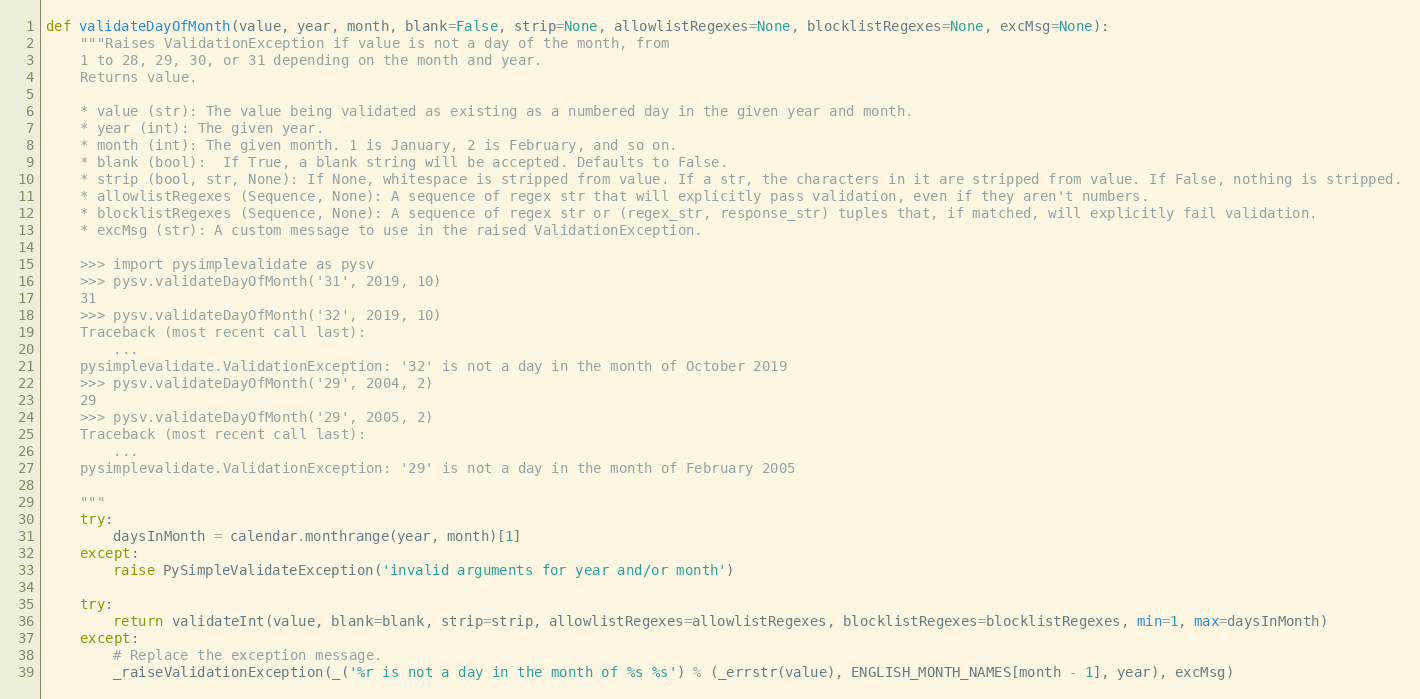
Language: Python
def validateDayOfMonth(value, year, month, blank=False, strip=None, allowlistRegexes=None, blocklistRegexes=None, excMsg=None):
    """Raises ValidationException if value is not a day of the month, from
    1 to 28, 29, 30, or 31 depending on the month and year.
    Returns value.

    * value (str): The value being validated as existing as a numbered day in the given year and month.
    * year (int): The given year.
    * month (int): The given month. 1 is January, 2 is February, and so on.
    * blank (bool):  If True, a blank string will be accepted. Defaults to False.
    * strip (bool, str, None): If None, whitespace is stripped from value. If a str, the characters in it are stripped from value. If False, nothing is stripped.
    * allowlistRegexes (Sequence, None): A sequence of regex str that will explicitly pass validation, even if they aren't numbers.
    * blocklistRegexes (Sequence, None): A sequence of regex str or (regex_str, response_str) tuples that, if matched, will explicitly fail validation.
    * excMsg (str): A custom message to use in the raised ValidationException.

    >>> import pysimplevalidate as pysv
    >>> pysv.validateDayOfMonth('31', 2019, 10)
    31
    >>> pysv.validateDayOfMonth('32', 2019, 10)
    Traceback (most recent call last):
        ...
    pysimplevalidate.ValidationException: '32' is not a day in the month of October 2019
    >>> pysv.validateDayOfMonth('29', 2004, 2)
    29
    >>> pysv.validateDayOfMonth('29', 2005, 2)
    Traceback (most recent call last):
        ...
    pysimplevalidate.ValidationException: '29' is not a day in the month of February 2005

    """
    try:
        daysInMonth = calendar.monthrange(year, month)[1]
    except:
        raise PySimpleValidateException('invalid arguments for year and/or month')

    try:
        return validateInt(value, blank=blank, strip=strip, allowlistRegexes=allowlistRegexes, blocklistRegexes=blocklistRegexes, min=1, max=daysInMonth)
    except:
        # Replace the exception message.
        _raiseValidationException(_('%r is not a day in the month of %s %s') % (_errstr(value), ENGLISH_MONTH_NAMES[month - 1], year), excMsg)